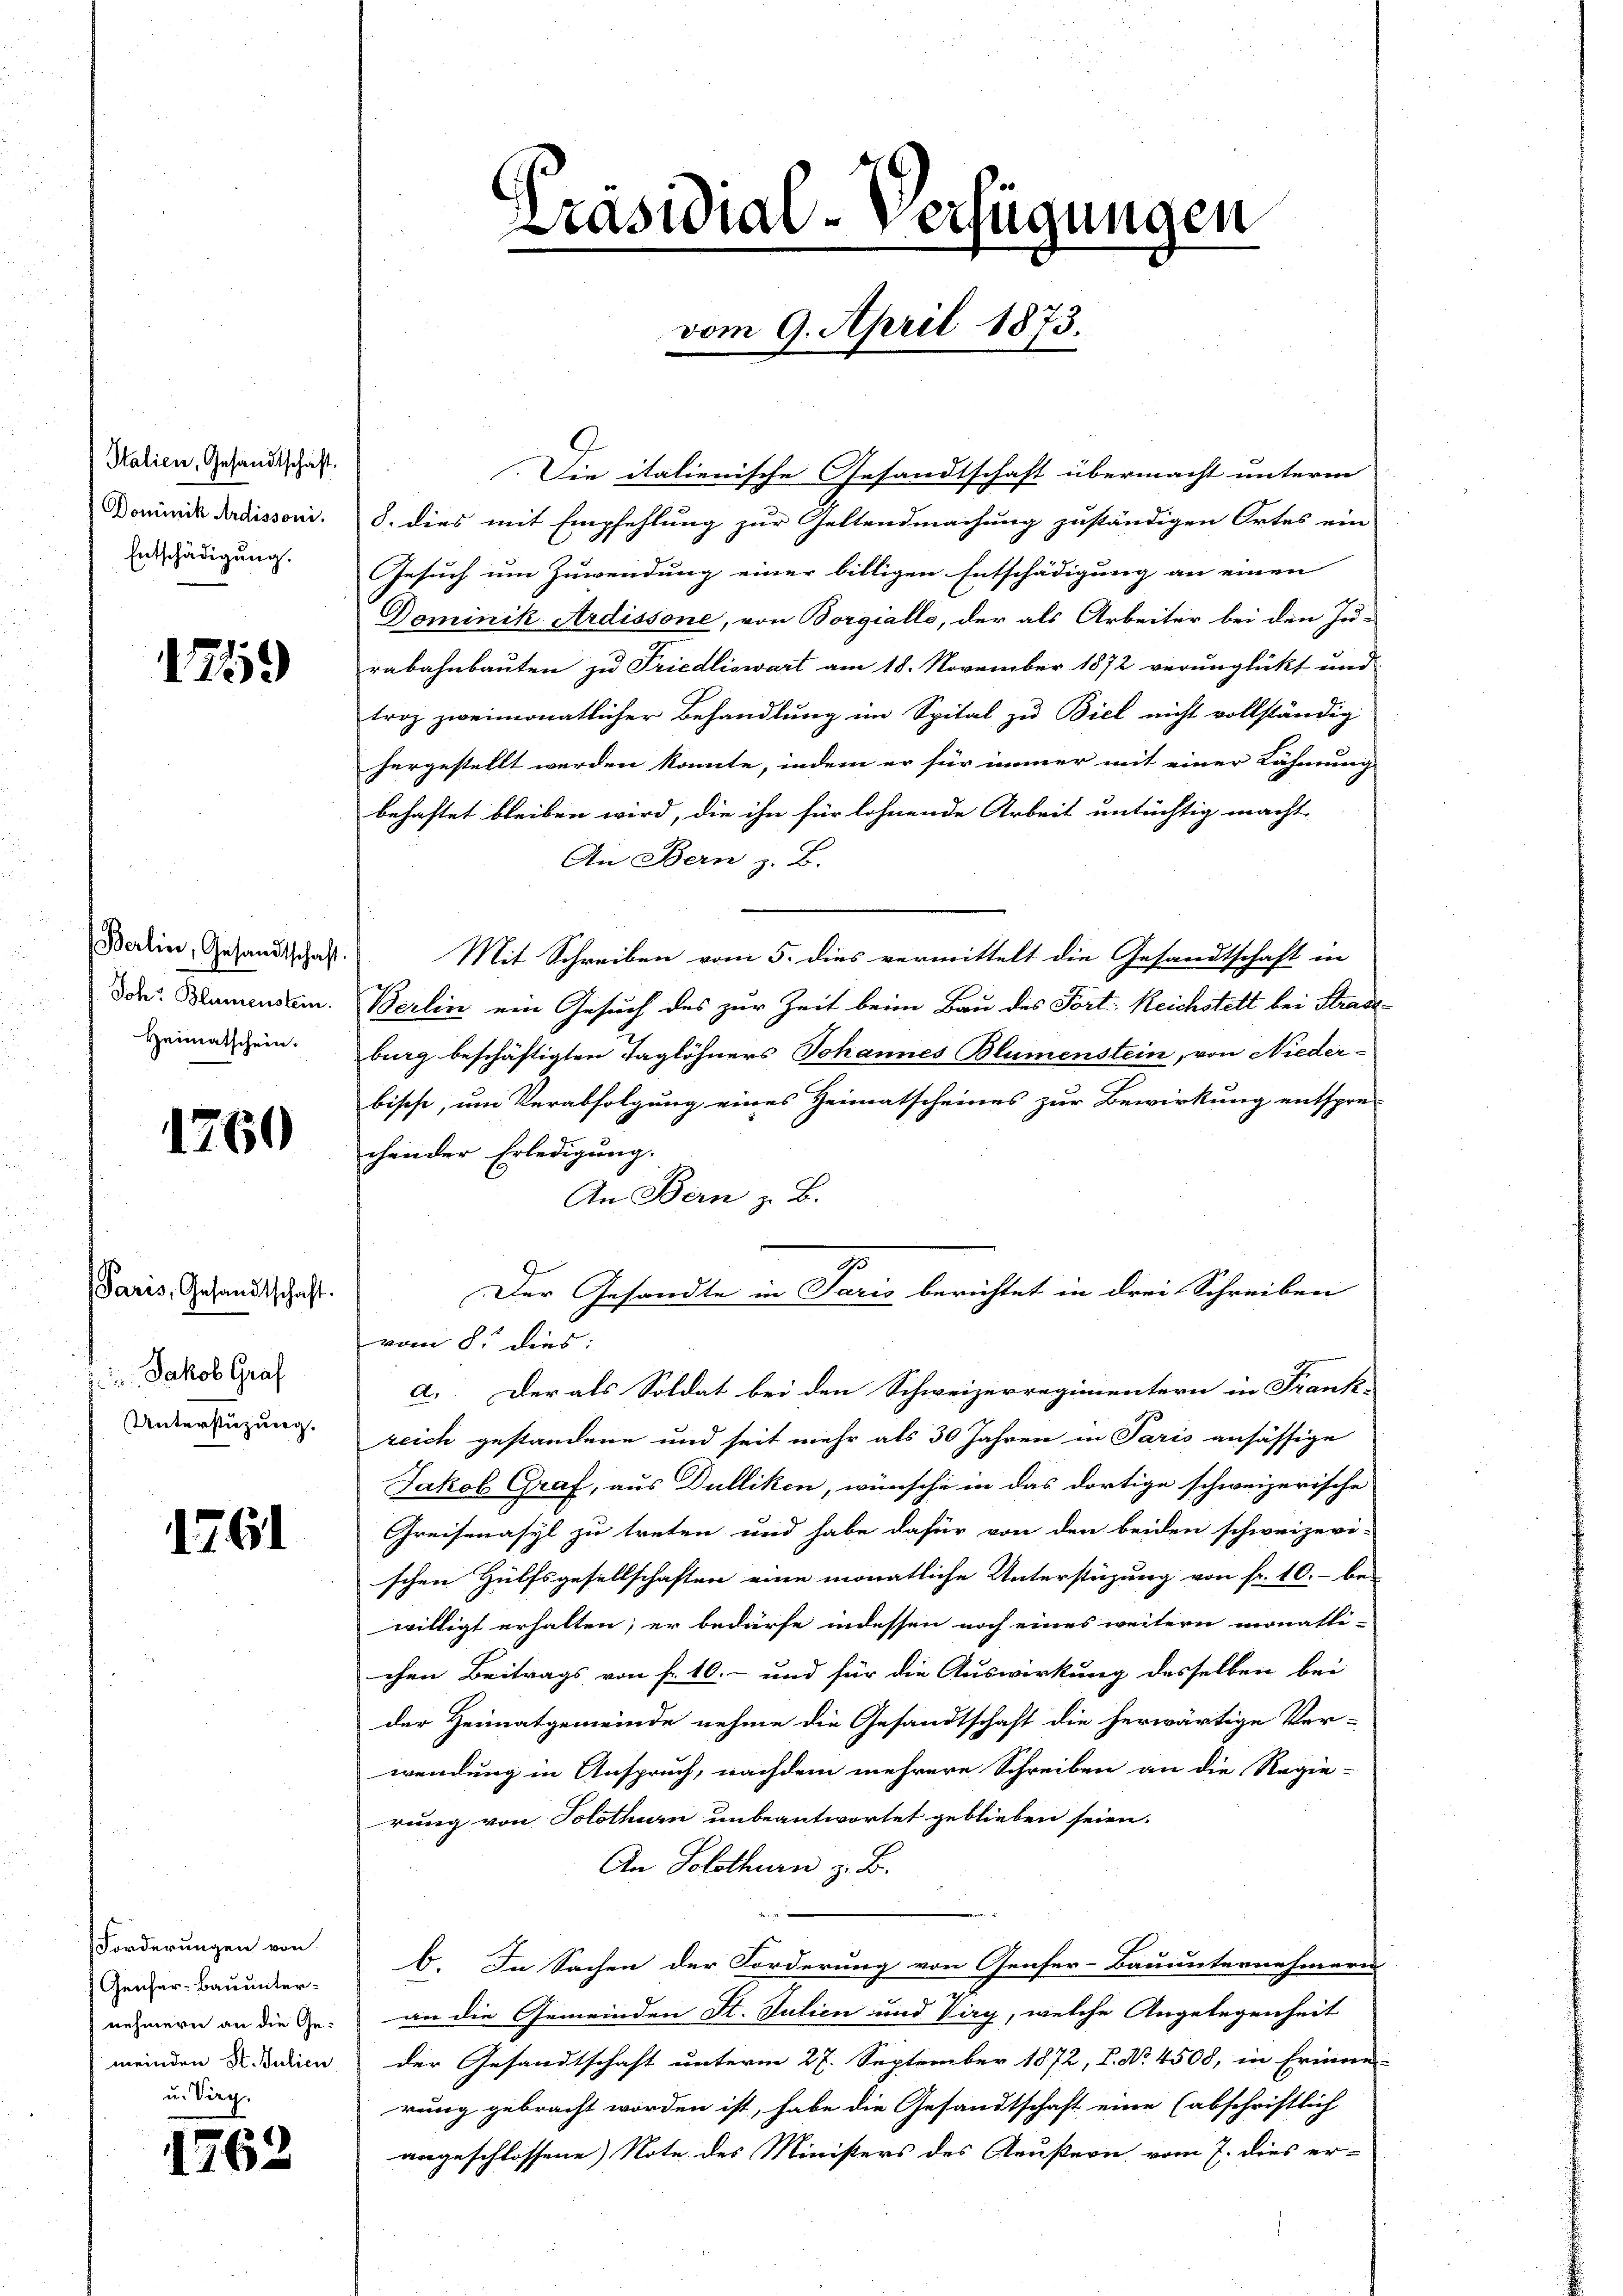
Italien, Gesandtschaft.
Dominik Ardissoni.
Entschädigung.

1759

Berlin, Gesandtschaft.
Joh. Blumenstein.
Heimatschein.

1760

Paris, Gesandtschaft.
Jakob Graf
Unterstüzung.

1761

Forderungen von
Genfer-Bauunter-
nehmern an die Gemeinden St. Julien
u. Verg

1762

Präsidial-Verfügungen
vom 9. April 1873.

Die italienische Gesandtschaft übermacht unterm
8. dies mit Empfehlung zur Geltendmachung zuständigen Ortes ein
Gesuch um Zuwendung einer billigen Entschädigung an einen
Dominik Ardissone, von Borgialle, der als Arbeiter bei den Ju-
rabahnbauten zu Friedliswart am 18. November 1872 verunglückt und
troz zweimonatlicher Behandlung im Spital zu Biel nicht vollständig
hergestellt werden könnte, indem er für immer mit einer Lähmung
behaftet bleiben wird, die ihn für lohnende Arbeit untüchtig macht,
An Bern z. B.
Mit Schreiben vom 5. dies vermittelt die Gesandtschaft in
Berlin ein Gesuch des zur Zeit beim Bau des Fort: Reichstelt bei Straseburg beschäftigten Taglöhners Johannes Blumenstein, von Nieder-
bische, um Verabfolgung eines Heimatscheines zur Bewirkung entspre-
chender Erledigung.
An Bern z. B.
vom 8. dies:
a. Der als Soldat bei den Schweizerregimentern in Frank-
reich gestandene und seit mehr als 30 Jahren in Paris ansässige
Jakob Graf, aus Dulliken, wünsche in das dortige schweizerische
Greisenasyl zu treten und habe dafür von den beiden schweizeri-
schen Hülfsgesellschaften eine monatliche Unterstüzung von fr. 10.- be-
willigt erhalten; er bedürfe indessen noch eines weitern monatli-
chen Beitrags von f. 10.- und für die Auswirkung desselben bei
der Heimatgemeinde nehme die Gesandtschaft die herwärtige Ver-
wendung in Anspruch, nachdem mehrere Schreiben an die Regie-
rung von Solothurn unbeantwortet geblieben seien.
An Solothurn z. B.
b. In Sachen der Forderung von Genfer-Bauunternehmern
an die Gemeinden St. Julien und Virg, welche Angelegenheit
der Gesandtschaft unterm 27. September 1872, I. No. 4508, in Erinne-
rung gebracht worden ist, habe die Gesandtschaft eine (abschriftlich
angeschlossene Note des Ministers des Aeußern vom 7. dies er-

Der Gesandte in Paris berichtet in drei Schreiben